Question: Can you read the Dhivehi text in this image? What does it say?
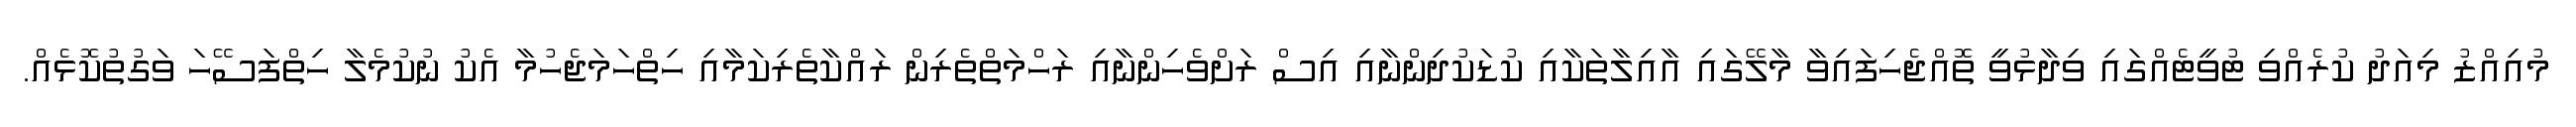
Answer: މުއިއްޒު މިއަދު ކުރެއްވި ޓުވީޓެއްގައި ވިދާޅުވީ ތޮއްޖެހިފައިވާ މާލޭގައި އާއިލާތަކާއި ކުޑަކުދިންނާއި އިސް ރަށްވެހިންނާއި ރަހްމަތްތެރިން ރައްކާތެރިކަމާއި ހިތްހަމަޖެހުމާ އެކު ނުކުމެލާ ހިތްފަސޭހަ ވަގުތުކޮޅެއް.